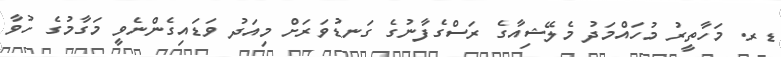
ޑރ. މަހާތީރު މުހައްމަދު މެލޭޝިއާގެ ރަސްގެފާނުގެ ގަނޑުވަރަށް މިއަދު ވަޑައިގެންނެވީ މަގާމުގެ ހުވާ